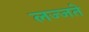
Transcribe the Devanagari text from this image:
लज्जते